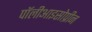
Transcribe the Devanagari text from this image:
पॉलीआइसोप्रीन